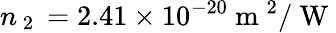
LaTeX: n_{\mathrm{~2~}}=2.41\times 10^{-20}\mathrm{~m~}^{2}/\mathrm{~W~}